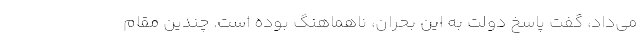
می‌داد، گفت پاسخ دولت به این بحران، ناهماهنگ بوده است. چندین مقام